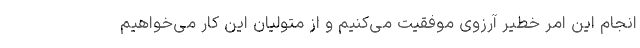
انجام این امر خطیر آرزوی موفقیت می‌کنیم و از متولیان این کار می‌خواهیم